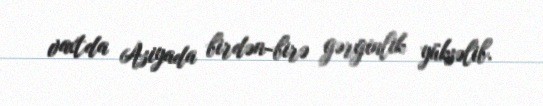
vaxtda Asiyada birdən-birə gərginlik yüksəlib.